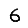
Digit: 6